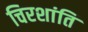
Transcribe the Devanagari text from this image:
चिरशांति